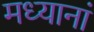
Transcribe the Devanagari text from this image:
मध्यानां